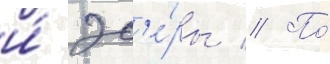
и́ эс'е́ры // По́